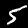
Label: 5